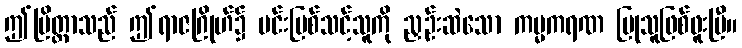
ဤပြိတ္တာသည် ဤရာဇဂြိုဟ်၌ မင်းပြစ်သင့်သူကို ညှဉ်းဆဲသော ကမ္မကရဏ ပြုသူဖြစ်ဖူးပြီ။